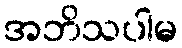
အဘိသပါမ